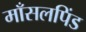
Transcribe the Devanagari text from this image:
माँसलपिंड